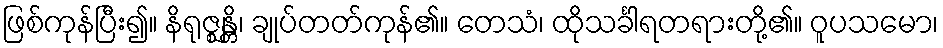
ဖြစ်ကုန်ပြီး၍။ နိရုဇ္ဈန္တိ၊ ချုပ်တတ်ကုန်၏။ တေသံ၊ ထိုသင်္ခါရတရားတို့၏။ ဝူပသမော၊